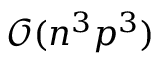
\mathcal { O } ( n ^ { 3 } p ^ { 3 } )